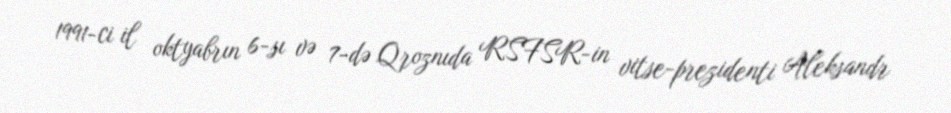
1991-ci il oktyabrın 6-sı və 7-də Qroznıda RSFSR-in vitse-prezidenti Aleksandr